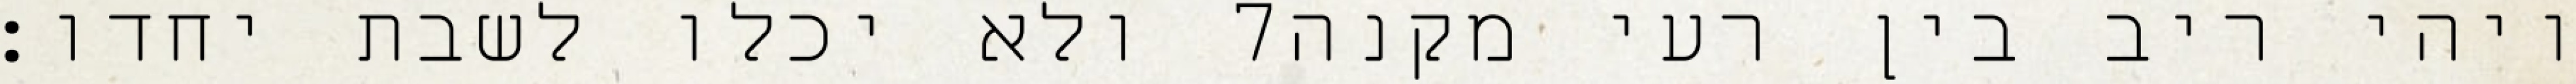
ולא יכלו לשבת יחדו׃ ‎7‏ ויהי ריב בין רעי מקנה